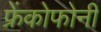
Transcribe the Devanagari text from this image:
फ्रेंकोफोनी